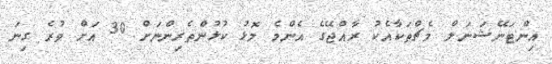
އިންޓަނޭޝަނަލް މެޗްތަކާއެކު ރާއްޖޭގެ އެންމެ މޮޅު ކުޅުންތެރިންނަށް 30 އަށް ވުރެ ގިނަ